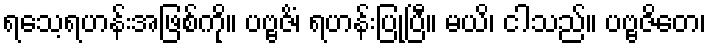
ရသေ့ရဟန်းအဖြစ်ကို။ ပဗ္ဗဇိံ၊ ရဟန်းပြုပြီ။ မယိ၊ ငါသည်။ ပဗ္ဗဇိတေ၊